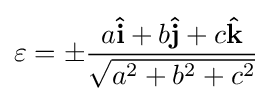
\varepsilon =\pm {\frac {a\mathbf {\hat {i}} +b\mathbf {\hat {j}} +c\mathbf {\hat {k}} }{\sqrt {a^{2}+b^{2}+c^{2}}}}